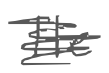
Text: He
Cross-out: scratch
Writing tool: digital_gray